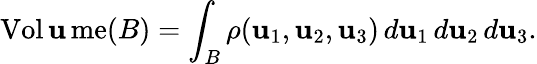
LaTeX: \operatorname{Vol\mathbf{u}me}(B)=\int_{B}\rho(\mathbf{u}_{1},\mathbf{u}_{2},\mathbf{u}_{3})\, d\mathbf{u}_{1}\, d\mathbf{u}_{2}\, d\mathbf{u}_{3}.